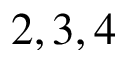
2 , 3 , 4